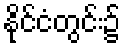
နိုင်ငံတွင်း၌